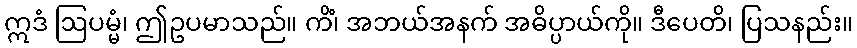
ဣဒံ ဩပမ္မံ၊ ဤဥပမာသည်။ ကိံ၊ အဘယ်အနက် အဓိပ္ပာယ်ကို။ ဒီပေတိ၊ ပြသနည်း။